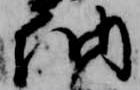
納